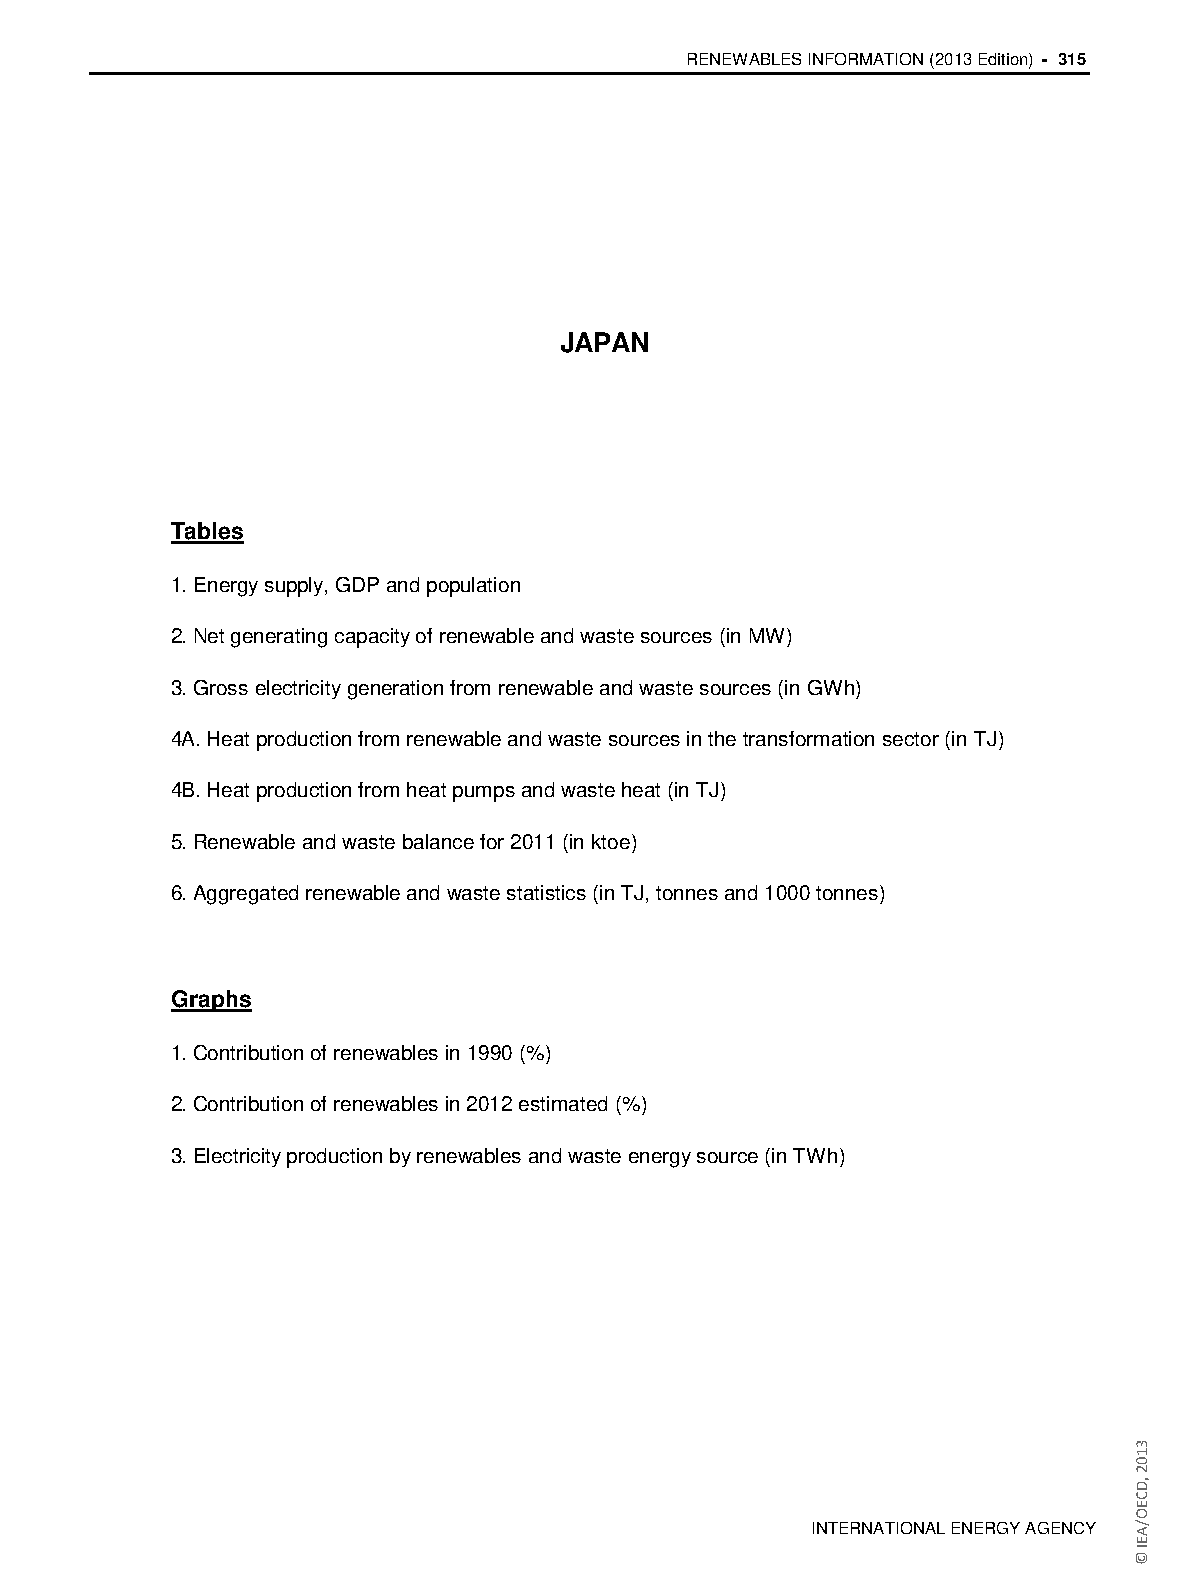
RENEWABLES INFORMATION (2013 Edition) - 315
 JAPAN
 Tables
 1. Energy supply, GDP and population
 2. Net generating capacity of renewable and waste sources (in MW)
 3. Gross electricity generation from renewable and waste sources (in GWh)
 4A. Heat production from renewable and waste sources in the transformation sector (in TJ)
 4B. Heat production from heat pumps and waste heat (in TJ)
 5. Renewable and waste balance for 2011 (in ktoe)
 6. Aggregated renewable and waste statistics (in TJ, tonnes and 1000 tonnes)
 Graphs
 1. Contribution of renewables in 1990 (%)
 2. Contribution of renewables in 2012 estimated (%)
 3. Electricity production by renewables and waste energy source (in TWh)
 INTERNATIONAL ENERGY AGENCY
 3102
 ,DCEO/AEI
 ©